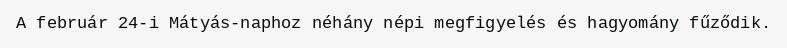
A február 24-i Mátyás-naphoz néhány népi megfigyelés és hagyomány fűződik.